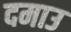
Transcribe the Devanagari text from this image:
दमाउ